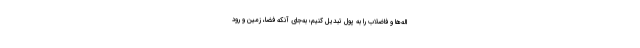
اله‌ها و فاضلاب را به پول تبدیل کنیم؛ به‌جای آنکه فضا، زمین و رود